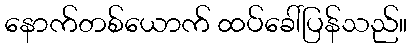
နောက်တစ်ယောက် ထပ်ခေါ်ပြန်သည်။